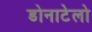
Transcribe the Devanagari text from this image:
डोनाटेलो